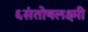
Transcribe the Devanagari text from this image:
६संतोषलक्ष्मी